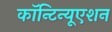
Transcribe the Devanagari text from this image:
कॉन्‍टिन्‍यूएशन